Scientific memoirs by medical officers of the Army of India - Part III,
Year: 1887
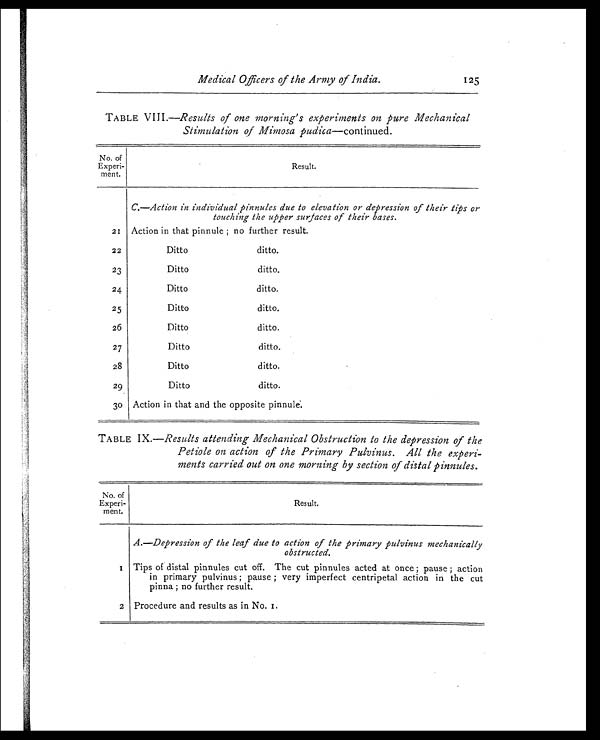
Medical Officers of the Army of India.
125
TABLE VIII.— Results of one morning's experiments on pure Mechanical
Stimulation of Mimosa pudica —continued.
No. of
Experi-
ment.
Result.
C.—Action in individual pinnules due to elevation or depression of their tips or
touching the upper surfaces of their bases.
21
Action in that pinnule ; no further result.
22
Ditto
ditto.
23
Ditto
ditto.
24
Ditto
ditto.
25
Ditto
ditto.
26
Ditto
ditto.
27
Ditto
ditto.
28
Ditto
ditto.
29
Ditto
ditto.
30 Action in that and the opposite pinnule.
TABLE IX.—Results attending Mechanical Obstruction to the depression of the
Petiole on action of the Primary Pulvinus. All the experi-
ments carried out on one morning by section of distal pinnules.
No. of
Experi-
ment.
Result.
A.—Depression of the leaf due to action of the primary pulvinus mechanically
obstructed.
1 Tips of distal pinnules cut off. The cut pinnules acted at once ; pause ; action
in primary pulvinus ; pause ; very imperfect centripetal action in the cut
pinna ; no further result.
2 Procedure and results as in No. 1 .